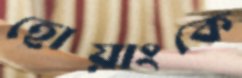
হোয়াংকে